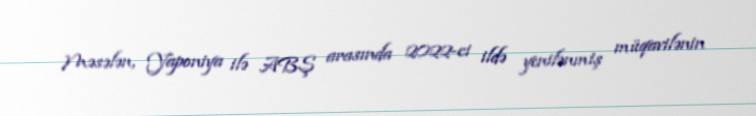
Məsələn, Yaponiya ilə ABŞ arasında 2022-ci ildə yenilənmiş müqavilənin